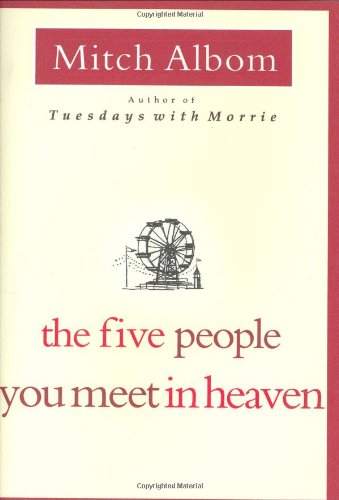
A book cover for The Five People You Meet In Heaven; Mitch Albom; Humor & Entertainment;